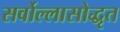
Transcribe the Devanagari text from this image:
सर्वोल्लासोद्धृत